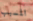
المسبب